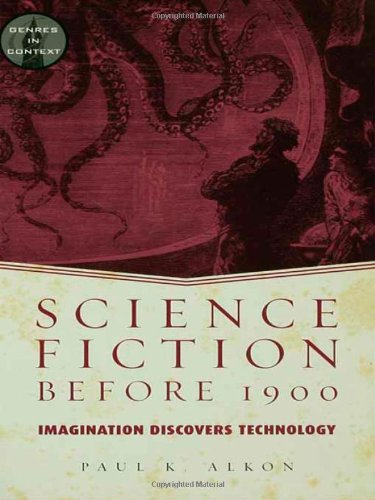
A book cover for Science Fiction Before 1900: Imagination Discovers Technology (Genres in Context); Paul K. Alkon; Science Fiction & Fantasy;